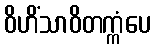
ဝိဟိံသာဝိတက္ကံပေ